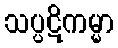
သပ္ပဋိကမ္မာ